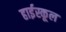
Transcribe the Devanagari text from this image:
हार्इस्कूल